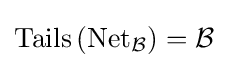
\operatorname {Tails} \left(\operatorname {Net} _{\mathcal {B}}\right)={\mathcal {B}}